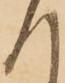
へ